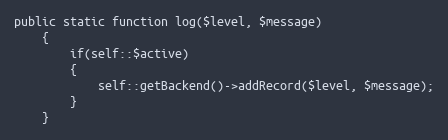
Language: PHP
public static function log($level, $message)
    {
        if(self::$active)
        {
            self::getBackend()->addRecord($level, $message);
        }
    }